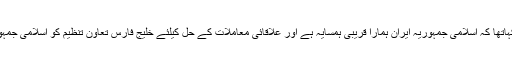
اسے قبل قطر کے نائب وزیر اعظم محمد بن عبدالرحمان نے کہاتھا کہ اسلامی جمہوریہ ایران ہمارا قریبی ہمسایہ ہے اور علاقائی معاملات کے حل کیلئے خلیج فارس تعاون تنظیم کو اسلامی جمہوریہ ایران کے ساتھ بامعنی مذاکرات کرنے کی ضرورت ہے۔